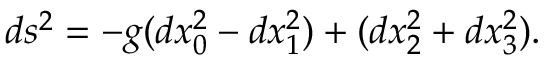
d s ^ { 2 } = - g ( d x _ { 0 } ^ { 2 } - d x _ { 1 } ^ { 2 } ) + ( d x _ { 2 } ^ { 2 } + d x _ { 3 } ^ { 2 } ) .